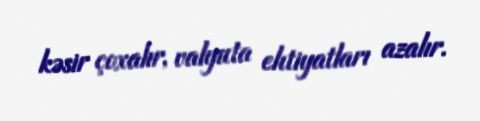
kəsir çoxalır, valyuta ehtiyatları azalır.